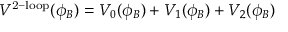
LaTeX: V ^ { \mathrm { 2 - l o o p } } ( \phi _ { B } ) = V _ { 0 } ( \phi _ { B } ) + V _ { 1 } ( \phi _ { B } ) + V _ { 2 } ( \phi _ { B } )